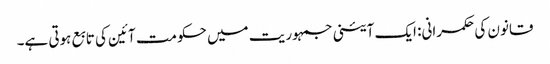
قانون کی حکمرانی: ایک آئینی جمہوریت میں حکومت آئین کی تابع ہوتی ہے۔